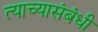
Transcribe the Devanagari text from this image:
त्याच्यासंबंधी